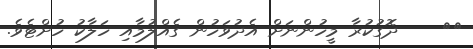
٤٥    ދޮގުކުރާ މީހުންނަށް އެދުވަހުން ގެއްލުމާއި ހަލާކު ހުށްޓެވެ.